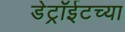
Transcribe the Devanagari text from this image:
डेट्रॉईटच्या